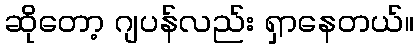
ဆိုတော့ ဂျပန်လည်း ရှာနေတယ်။